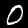
Label: 0